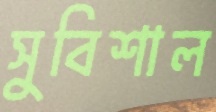
সুবিশাল